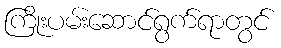
ကြိုးပမ်းဆောင်ရွက်ရာတွင်